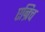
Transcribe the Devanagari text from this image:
एन्रिच